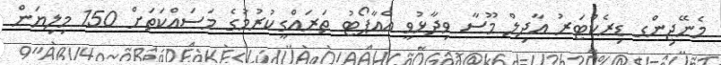
މެނޭޖިންގ ޑިރެކްޓަރު އާދިލް މޫސާ ވިދާޅުވީ އެއާޕޯޓު ތަރައްގީކުރުމުގެ މަސައްކަތަށް 150 މިލިޔަން